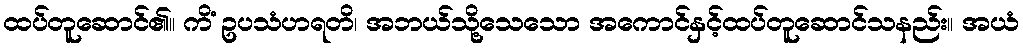
ထပ်တူဆောင်၏။ ကိံ ဥပသံဟရတိ၊ အဘယ်သို့သေသော အကောင်နှင့်ထပ်တူဆောင်သနည်း။ အယံ